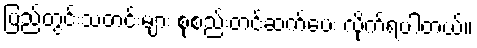
ပြည်တွင်းသတင်းများ စုစည်းတင်ဆက်ပေး လိုက်ရပါတယ်။